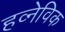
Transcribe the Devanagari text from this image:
हव्नेविक